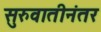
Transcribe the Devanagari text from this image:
सुरुवातीनंतर